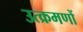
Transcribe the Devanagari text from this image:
उत्क्रमणों